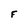
Character: F